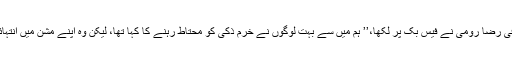
معروف صحافی رضا رومی نے فیس بک پر لکھا،’’ ہم میں سے بہت لوگوں نے خرم ذکی کو محتاط رہنے کا کہا تھا، لیکن وہ اپنے مشن میں انتہائی پر عزم تھا۔